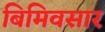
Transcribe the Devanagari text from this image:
बिमिवसार